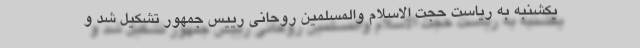
یکشنبه به ریاست حجت الاسلام والمسلمین روحانی رییس جمهور تشکیل شد و